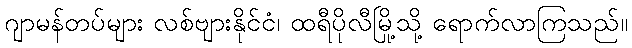
ဂျာမန်တပ်များ လစ်ဗျားနိုင်ငံ၊ ထရီပိုလီမြို့သို့ ရောက်လာကြသည်။